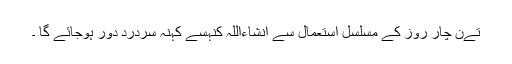
تےن چار روز کے مسلسل استعمال سے انشاءاللہ کنہسے کہنہ سردرد دور ہوجائے گا ۔